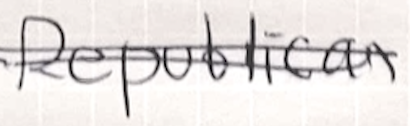
Text: Republican
Cross-out: double-line
Writing tool: ballpoint